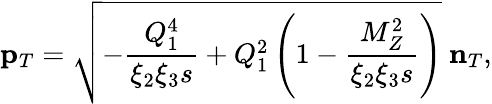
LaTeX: \mathbf{p}_{T}=\sqrt{-\frac{Q_{1}^{4}}{\xi_{2}\xi_{3}s}+Q_{1}^{2}\left(1-\frac{M_{Z}^{2}}{\xi_{2}\xi_{3}s}\right)}~\mathbf{n}_{T},